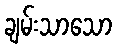
ချမ်းသာသော